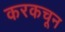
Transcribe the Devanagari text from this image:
करकचून